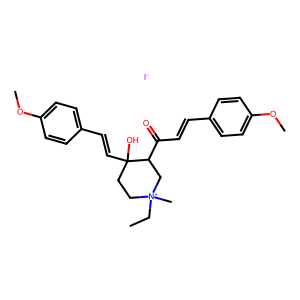
SMILES: CC[N+]1(C)CCC(O)(C=Cc2ccc(OC)cc2)C(C(=O)C=Cc2ccc(OC)cc2)C1.[I-]
Inhibits HIV replication: No